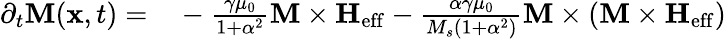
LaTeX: \begin{array}{rl}{\partial_{t}{\mathbf M}({\mathbf x},t)=}&{{}-\frac{\gamma\mu_{0}}{1+\alpha^{2}}{\mathbf M}\times{\mathbf H}_{\mathrm{eff}}-\frac{\alpha\gamma\mu_{0}}{M_{s}(1+\alpha^{2})}{\mathbf M}\times\left({\mathbf M}\times{\mathbf H}_{\mathrm{eff}}\right)}\end{array}